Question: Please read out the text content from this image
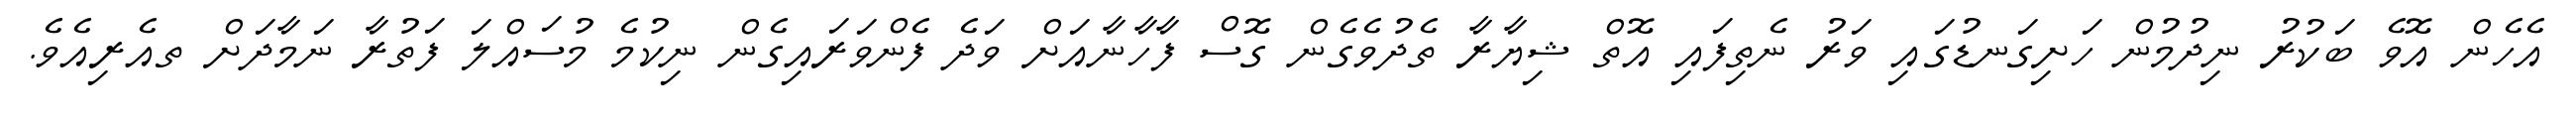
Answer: އެހެން އޮވެ ބަކުރު ނިދުމުން ހަށިގަނޑުގައި ވަރު ނެތިފައި އޮތް ޝިޔާރާ ތެދުވެގެން ގޮސް ފާހާނާއަށް ވަދެ ފެންވަރައިގެން ނިކުމެ މުސައްލަ ފަތުރާ ނަމާދަށް ތއެރިއެވެ.